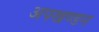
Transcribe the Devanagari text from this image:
अपखण्डन